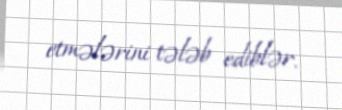
etmələrini tələb ediblər.